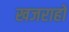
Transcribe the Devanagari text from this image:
खजराहो